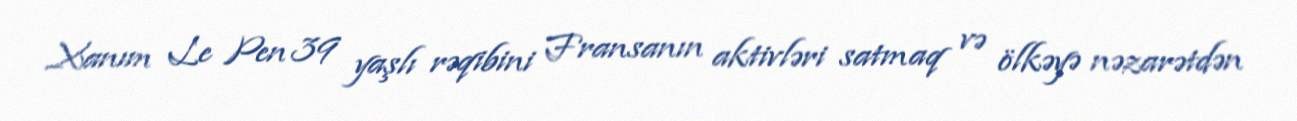
Xanım Le Pen 39 yaşlı rəqibini Fransanın aktivləri satmaq və ölkəyə nəzarətdən